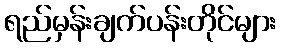
ရည်မှန်းချက်ပန်းတိုင်များ